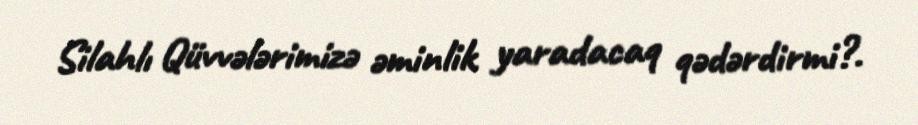
Silahlı Qüvvələrimizə əminlik yaradacaq qədərdirmi?.